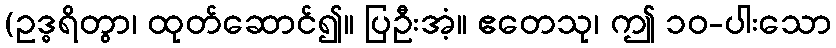
(ဥဒ္ဓရိတွာ၊ ထုတ်ဆောင်၍။ ပြဦးအံ့။ ဧတေသု၊ ဤ ၁၀-ပါးသော